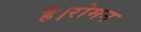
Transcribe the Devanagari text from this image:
है।रोमन